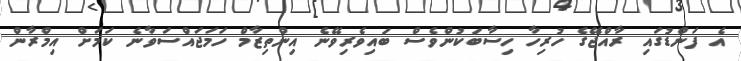
އެ ފަންޑުގައި ރާއްޖޭގެ ހުރިހާ ހިސާބަކުންވެސް ބައިވެރިވޭނެ އިންތިޒާމް ހަމަޖައްސަވާނެ ކަމަށް އިމްރާން